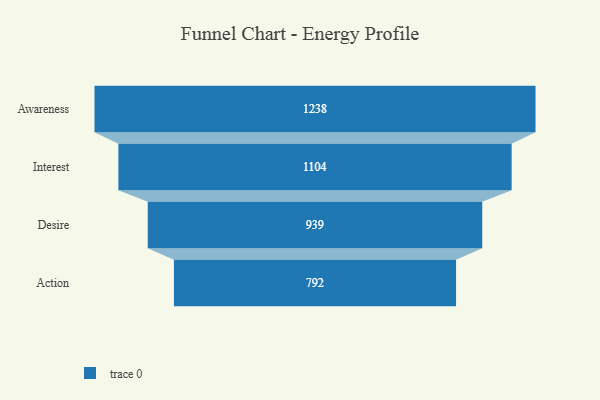
{"axis": {"x": "Stage", "y": "Value"}, "legend": [""], "data": [{"x": "Awareness", "y": 1238.0, "type": ""}, {"x": "Interest", "y": 1104.0, "type": ""}, {"x": "Desire", "y": 939.0, "type": ""}, {"x": "Action", "y": 792.0, "type": ""}]}